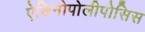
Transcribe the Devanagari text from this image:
ऐडिनोपोलीपोसिस